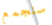
سنجمع